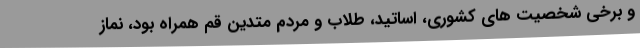
و برخی شخصیت های کشوری، اساتید، طلاب و مردم متدین قم همراه بود، ‌نماز